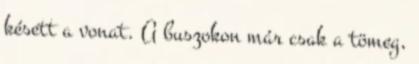
késett a vonat. A buszokon már csak a tömeg,